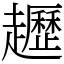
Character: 䟐